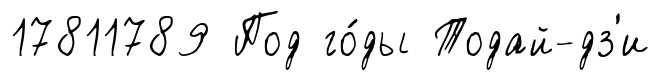
17811789 Под го́ды Тодай-дз'и